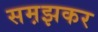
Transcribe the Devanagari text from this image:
सम़झकर